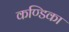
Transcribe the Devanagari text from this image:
कण्‍डिका